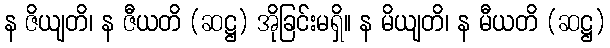
န ဇိယျတိ၊ န ဇီယတိ (ဆဋ္ဌ) အိုခြင်းမရှိ။ န မိယျတိ၊ န မီယတိ (ဆဋ္ဌ)